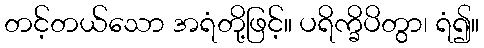
တင့်တယ်သော အရံတို့ဖြင့်။ ပရိက္ခိပိတွာ၊ ရံ၍။